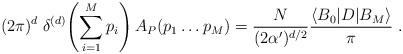
LaTeX: \begin{align*}(2 \pi)^d \; \delta^{(d)} \! \left( \sum_{i=1}^{M} p_i\right) A_P (p_1 \dots p_M ) = \frac{N}{(2 \alpha ')^{d/2}} \frac{ \langle B_0 | D | B_M \rangle}{\pi}~. \end{align*}